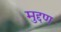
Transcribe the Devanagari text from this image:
मुद्दण